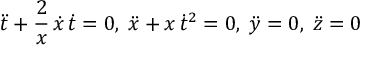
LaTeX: { \ddot { t } } + { \frac { 2 } { x } } \, { \dot { x } } \, { \dot { t } } = 0 , \; { \ddot { x } } + x \, { \dot { t } } ^ { 2 } = 0 , \; { \ddot { y } } = 0 , \; { \ddot { z } } = 0